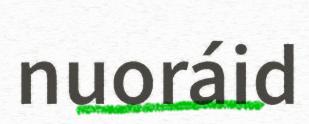
nuoráid